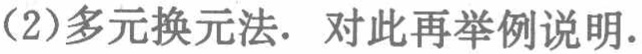
(2)多元换元法. 对此再举例说明.